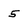
Character: 5